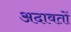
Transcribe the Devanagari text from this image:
अदावतों